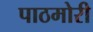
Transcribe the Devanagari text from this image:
पाठमोरी